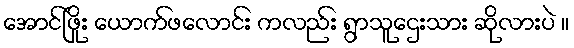
အောင်ဖြိုး ယောက်ဖလောင်း ကလည်း ရွာသူဌေးသား ဆိုလားပဲ ။